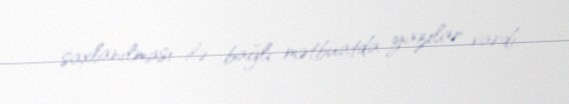
saxlanılması ilə bağlı mətbuatda yazılar vardı.